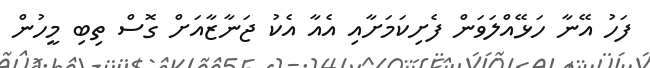
ފަހު އޭނާ ހަޅޭއްލަވަން ފެށިކަމަށާއި އެއާ އެކު ޖަނާޒާއަށް ގޮސް ތިބި މީހުން